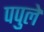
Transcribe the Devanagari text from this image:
पपुले